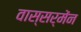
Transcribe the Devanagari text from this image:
वास्सर्मेंन